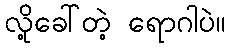
လို့ခေါ်တဲ့ ရောဂါပဲ။